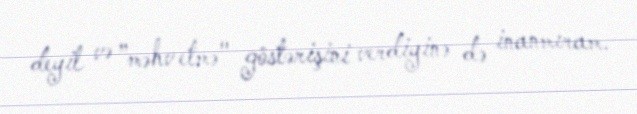
deyil və ”məhv etmə" göstərişini verdiyinə də inanmıram.